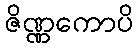
ဇိဏ္ဏကောပိ